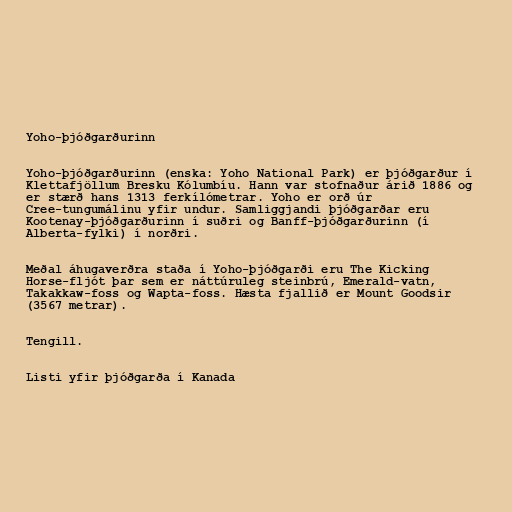
Yoho-þjóðgarðurinn

Yoho-þjóðgarðurinn (enska: Yoho National Park) er þjóðgarður í
Klettafjöllum Bresku Kólumbíu. Hann var stofnaður árið 1886 og
er stærð hans 1313 ferkílómetrar. Yoho er orð úr
Cree-tungumálinu yfir undur. Samliggjandi þjóðgarðar eru
Kootenay-þjóðgarðurinn í suðri og Banff-þjóðgarðurinn (í
Alberta-fylki) í norðri.

Meðal áhugaverðra staða í Yoho-þjóðgarði eru The Kicking
Horse-fljót þar sem er náttúruleg steinbrú, Emerald-vatn,
Takakkaw-foss og Wapta-foss. Hæsta fjallið er Mount Goodsir
(3567 metrar).

Tengill.

Listi yfir þjóðgarða í Kanada